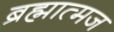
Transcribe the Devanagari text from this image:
ब्रह्मात्मज